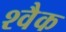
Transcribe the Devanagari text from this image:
श्वैक